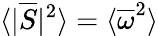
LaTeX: \langle|\overline{{S}}|^{2}\rangle=\langle\overline{{\omega}}^{2}\rangle